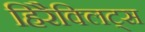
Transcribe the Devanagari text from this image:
हिरैक्लिट्स